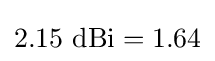
{\mbox{2.15 dBi}}=1.64